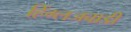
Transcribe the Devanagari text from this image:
हिंग्लजवाडी